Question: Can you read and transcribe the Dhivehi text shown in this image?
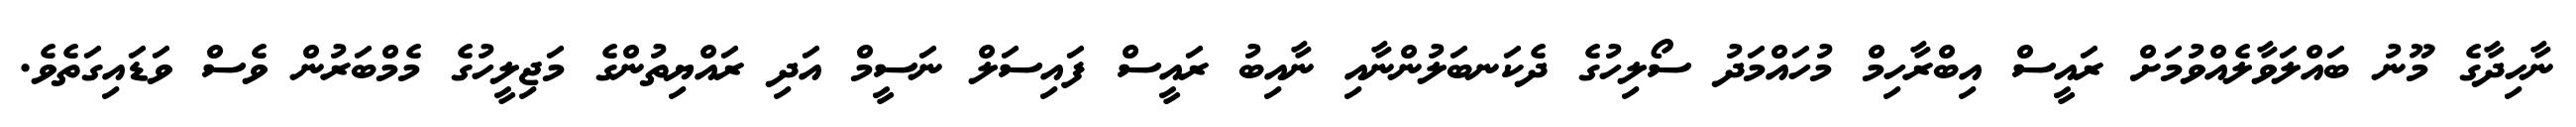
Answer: ނާހިދާގެ މޫނު ބައްލަވާލެއްވުމަށް ރައީސް އިބްރާހިމް މުހައްމަދު ސޯލިހުގެ ދެކަނބަލުންނާއި ނާއިބު ރައީސް ފައިސަލް ނަސީމް އަދި ރައްޔިތުންގެ މަޖިލީހުގެ މެމްބަރުން ވެސް ވަޑައިގަތެވެ.